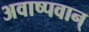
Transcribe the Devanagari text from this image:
अवाष्पवान्‌